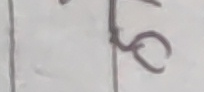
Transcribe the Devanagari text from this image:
५